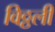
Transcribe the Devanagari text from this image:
विठ्ठली